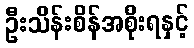
ဦးသိန်းစိန်အစိုးရနှင့်